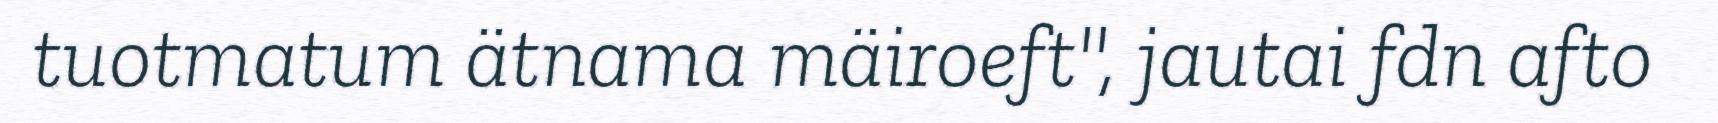
tuotmatum ätnama mäiroeft", jautai fdn afto